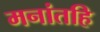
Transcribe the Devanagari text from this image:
मनांतहि